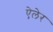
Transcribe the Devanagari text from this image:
ऐलेर